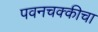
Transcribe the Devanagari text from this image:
पवनचक्कीचा